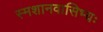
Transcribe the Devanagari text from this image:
स्मशानवासिभ्यः